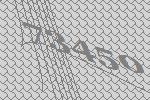
73450